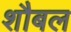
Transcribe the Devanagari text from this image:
शौबल